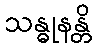
သန္ဓုနန္တိ